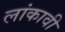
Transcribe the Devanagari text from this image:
लांकावी